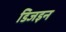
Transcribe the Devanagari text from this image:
डिजइन